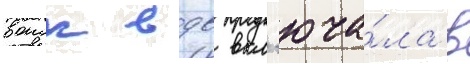
воиск вдв вкл'юча́ла в